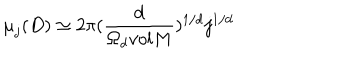
LaTeX: { \mu } _ { j } ( D ) \simeq 2 { \pi } ( \frac { d } { { \Omega } _ { d } v o l M } ) ^ { 1 / d } j ^ { 1 / d }